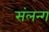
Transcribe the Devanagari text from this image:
संलन्ग